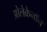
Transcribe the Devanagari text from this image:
ओलेक्रेनॉन